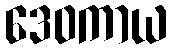
ဒေဝကာယ